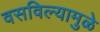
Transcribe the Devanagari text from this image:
वसविल्यामुळे